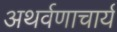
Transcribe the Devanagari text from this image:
अथर्वणाचार्य